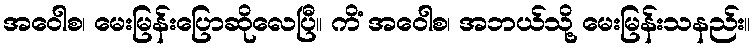
အဝေါစ၊ မေးမြန်းပြောဆိုလေပြီ။ ကိံ အဝေါစ၊ အဘယ်သို့ မေးမြန်းသနည်း။